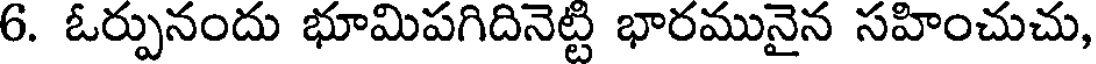
6. ఓర్పునందు భూమిపగిదినెట్టి భారమునైన సహించుచు,